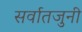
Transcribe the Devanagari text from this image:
सर्वातजुनी